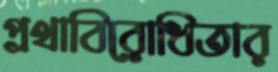
প্রথাবিরোধিতার